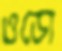
ওডো